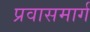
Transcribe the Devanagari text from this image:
प्रवासमार्ग